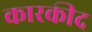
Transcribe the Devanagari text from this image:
कारकीद